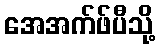
အေအက်ဖ်ပီသို့